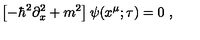
\left[ - \hbar ^ { 2 } \partial _ { x } ^ { 2 } + m ^ { 2 } \right] \psi ( x ^ { \mu } ; \tau ) = 0 \ ,